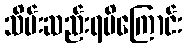
သိမ်းဆည်းရမိကြောင်း